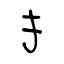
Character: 扌